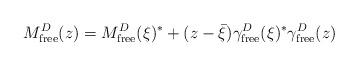
LaTeX: \begin{align*} M^D_{\rm free}(z)=M^D_{\rm free}(\xi)^*+(z-\bar\xi)\gamma_{\rm free}^D(\xi)^* \gamma_{\rm free}^D(z)\end{align*}